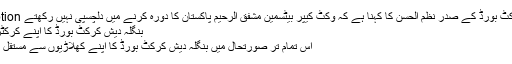
Image caption بنگلہ دیش کرکٹ بورڈ کے صدر نظم الحسن کا کہنا ہے کہ وکٹ کیپر بیٹسمین مشفق الرحیم پاکستان کا دورہ کرنے میں دلچسپی نہیں رکھتے
بنگلہ دیش کرکٹ بورڈ کا اپنے کرکٹرز سے رابطہ
اس تمام تر صورتحال میں بنگلہ دیش کرکٹ بورڈ کا اپنے کھلاڑیوں سے مستقل رابطہ رہا ہے۔